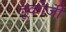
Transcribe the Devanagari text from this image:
तूकोजी